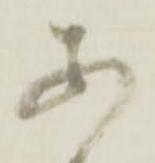
あ